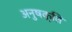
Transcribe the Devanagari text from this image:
अनुषक्ति